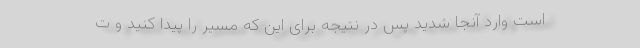
است وارد آنجا شدید پس در نتیجه برای این‌ که مسیر را پیدا کنید و ت